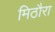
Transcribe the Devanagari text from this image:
मिठौरा